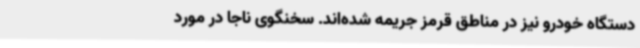
دستگاه خودرو نیز در مناطق قرمز جریمه شده‌اند. سخنگوی ناجا در مورد